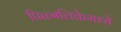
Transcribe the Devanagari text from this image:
पित्त्नलिकेमध्ये